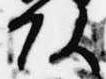
頭